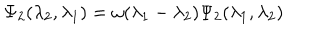
\Psi _ { 2 } ( \lambda _ { 2 } , \lambda _ { 1 } ) = \omega ( \lambda _ { 1 } - \lambda _ { 2 } ) \Psi _ { 2 } ( \lambda _ { 1 } , \lambda _ { 2 } )